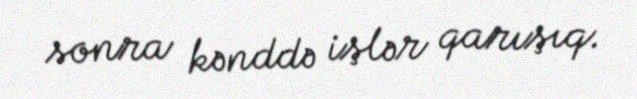
sonra kənddə işlər qarışıq.